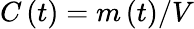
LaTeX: C\left(t\right)=m\left(t\right)/V